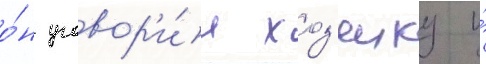
о́н уговор'и́л хоз'яику и́